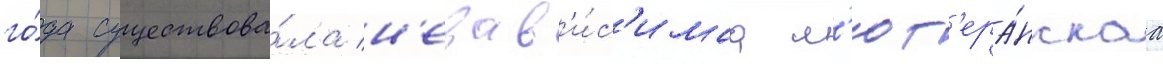
го́да существова́ла н'езав'и́с'имаа л'ют'ера́нскаа